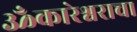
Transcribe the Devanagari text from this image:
ॐकारेश्वराचा